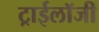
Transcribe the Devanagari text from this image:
ट्राईलॉजी